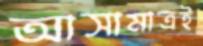
আসামাত্রই